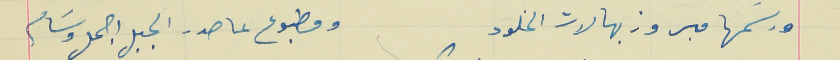
ورسَمها مبروز بهالات الخلود                                      ومطبوع عا صدر الجبل اجمل وسَام